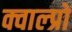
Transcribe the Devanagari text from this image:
क्वाल्प्रो